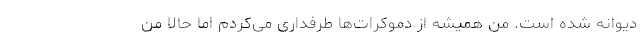
دیوانه شده است. من همیشه از دموکرات‌ها طرفداری می‌کردم اما حالا من